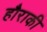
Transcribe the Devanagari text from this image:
हौराकी